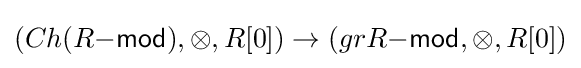
(Ch(R{\mathsf {-mod}}),\otimes ,R[0])\to (grR{\mathsf {-mod}},\otimes ,R[0])